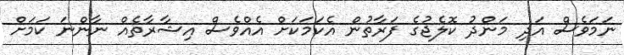
ނަމަވެސް އަދި މަންދު ކޮލެޖުގެ ފަރާތުން އެކަމަކަށް އެއްވެސް އިޝާރާތެއް ނާންނަ ކަމަށް